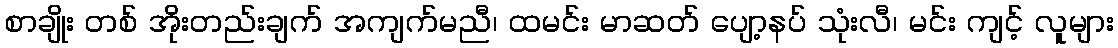
စာချိုး တစ် အိုးတည်းချက် အကျက်မညီ၊ ထမင်း မာဆတ် ပျော့နပ် သုံးလီ၊ မင်း ကျင့် လူများ